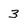
Character: 3